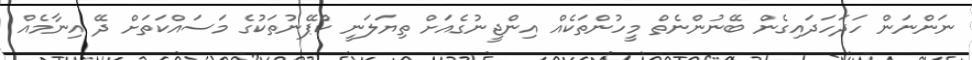
ނަންނަން ހަދަހަދައިގެން ބޭނުންނެތް މީހުންތަކެއް އިންޖީނުގެއަށް ތިޔަލަނީ ކެްޕޭނުތަކުގެ މަސައްކަތަށް ދޭ އިނާމެއް